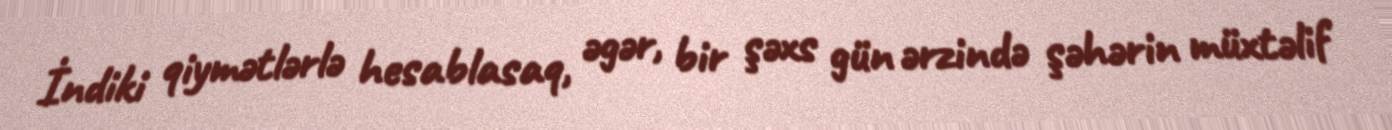
İndiki qiymətlərlə hesablasaq, əgər, bir şəxs gün ərzində şəhərin müxtəlif